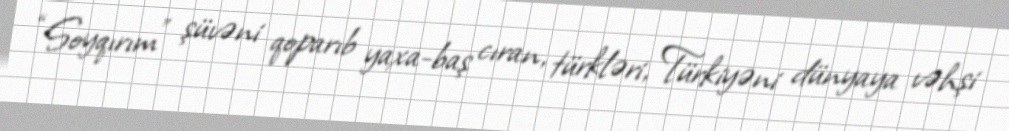
“Soyqırım” şüvəni qoparıb yaxa-baş cıran, türkləri, Türkiyəni dünyaya vəhşi